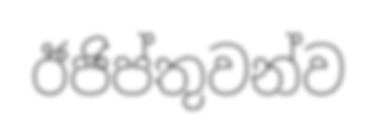
ඊජිප්තුවන්ව